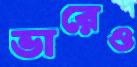
ভারেও